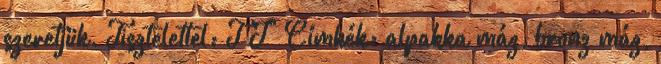
szeretjük. Tisztelettel: T J" Címkék: alpakka máz, bronz máz,